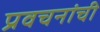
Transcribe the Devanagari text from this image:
प्रवचनांची